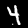
Label: 4